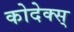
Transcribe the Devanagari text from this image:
कोदेक्स्